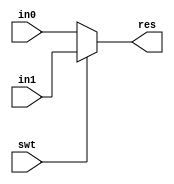
module MUX32(
         in0,
         in1,
         swt,
         res
       );

input swt;
input [31:0] in0, in1;
output reg [31:0] res;

always @(*)
  begin
    if (swt)
      res <= in1;
    else
      res <= in0;
  end

endmodule